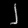
Digit: ၂